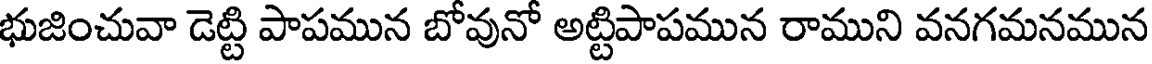
భుజించువా డెట్టి పాపమున బోవునో అట్టిపాపమున రాముని వనగమనమున